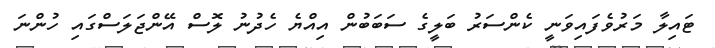
ޓައިލާ މަރުވެފައިވަނީ ކެންސަރު ބަލީގެ ސަބަބުން އިއްޔެ ހެދުނު ލޮސް އޭންޖަލަސްގައި ހުންނަ